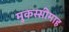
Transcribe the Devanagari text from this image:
मुकस्सीमाह